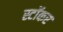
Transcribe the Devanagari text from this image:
स्टॉकर